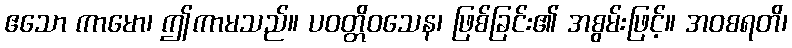
ဧသော ကာမော၊ ဤကာမသည်။ ပဝတ္တိဝသေန၊ ဖြစ်ခြင်း၏ အစွမ်းဖြင့်။ အဝစရတိ၊